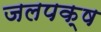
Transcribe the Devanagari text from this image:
जलपक्ष